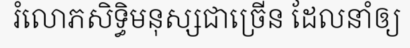
រំលោភសិទ្ធិមនុស្សជាច្រើន ដែលនាំឲ្យ